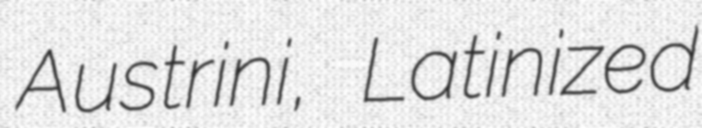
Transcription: Austrini, Latinized